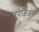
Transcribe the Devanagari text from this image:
त्रपेजिअस